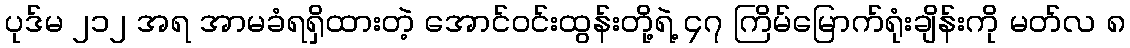
ပုဒ်မ ၂၁၂ အရ အာမခံရရှိထားတဲ့ အောင်ဝင်းထွန်းတို့ရဲ့ ၄၇ ကြိမ်မြောက်ရုံးချိန်းကို မတ်လ ၈